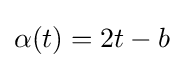
\alpha (t)=2t-b